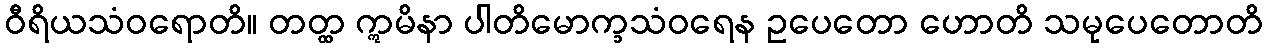
ဝီရိယသံဝရောတိ။ တတ္ထ ဣမိနာ ပါတိမောက္ခသံဝရေန ဥပေတော ဟောတိ သမုပေတောတိ